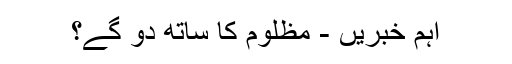
اہم خبریں - مظلوم کا ساتھ دو گے؟